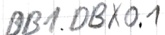
Text: DB1.DBX0.1